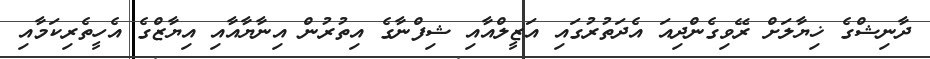
ދާނިޝްގެ ޚިޔާލަށް ރޭވިގެންދިއަ އެދަތުރުގައި އަޒީލްއާއި ޝިފްނާގެ އިތުރުން އިނާޔާއާއި އިޔާޒްގެ އެހީތެރިކަމާއި